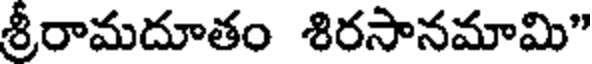
శ్రీరామదూతం శిరసానమామి"